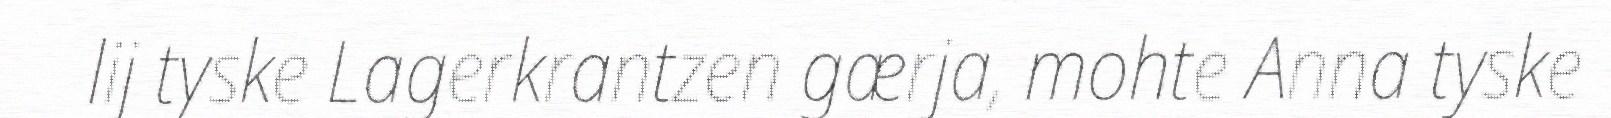
lij tyske Lagerkrantzen gærja, mohte Anna tyske